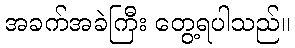
အခက်အခဲကြီး တွေ့ရပါသည်။